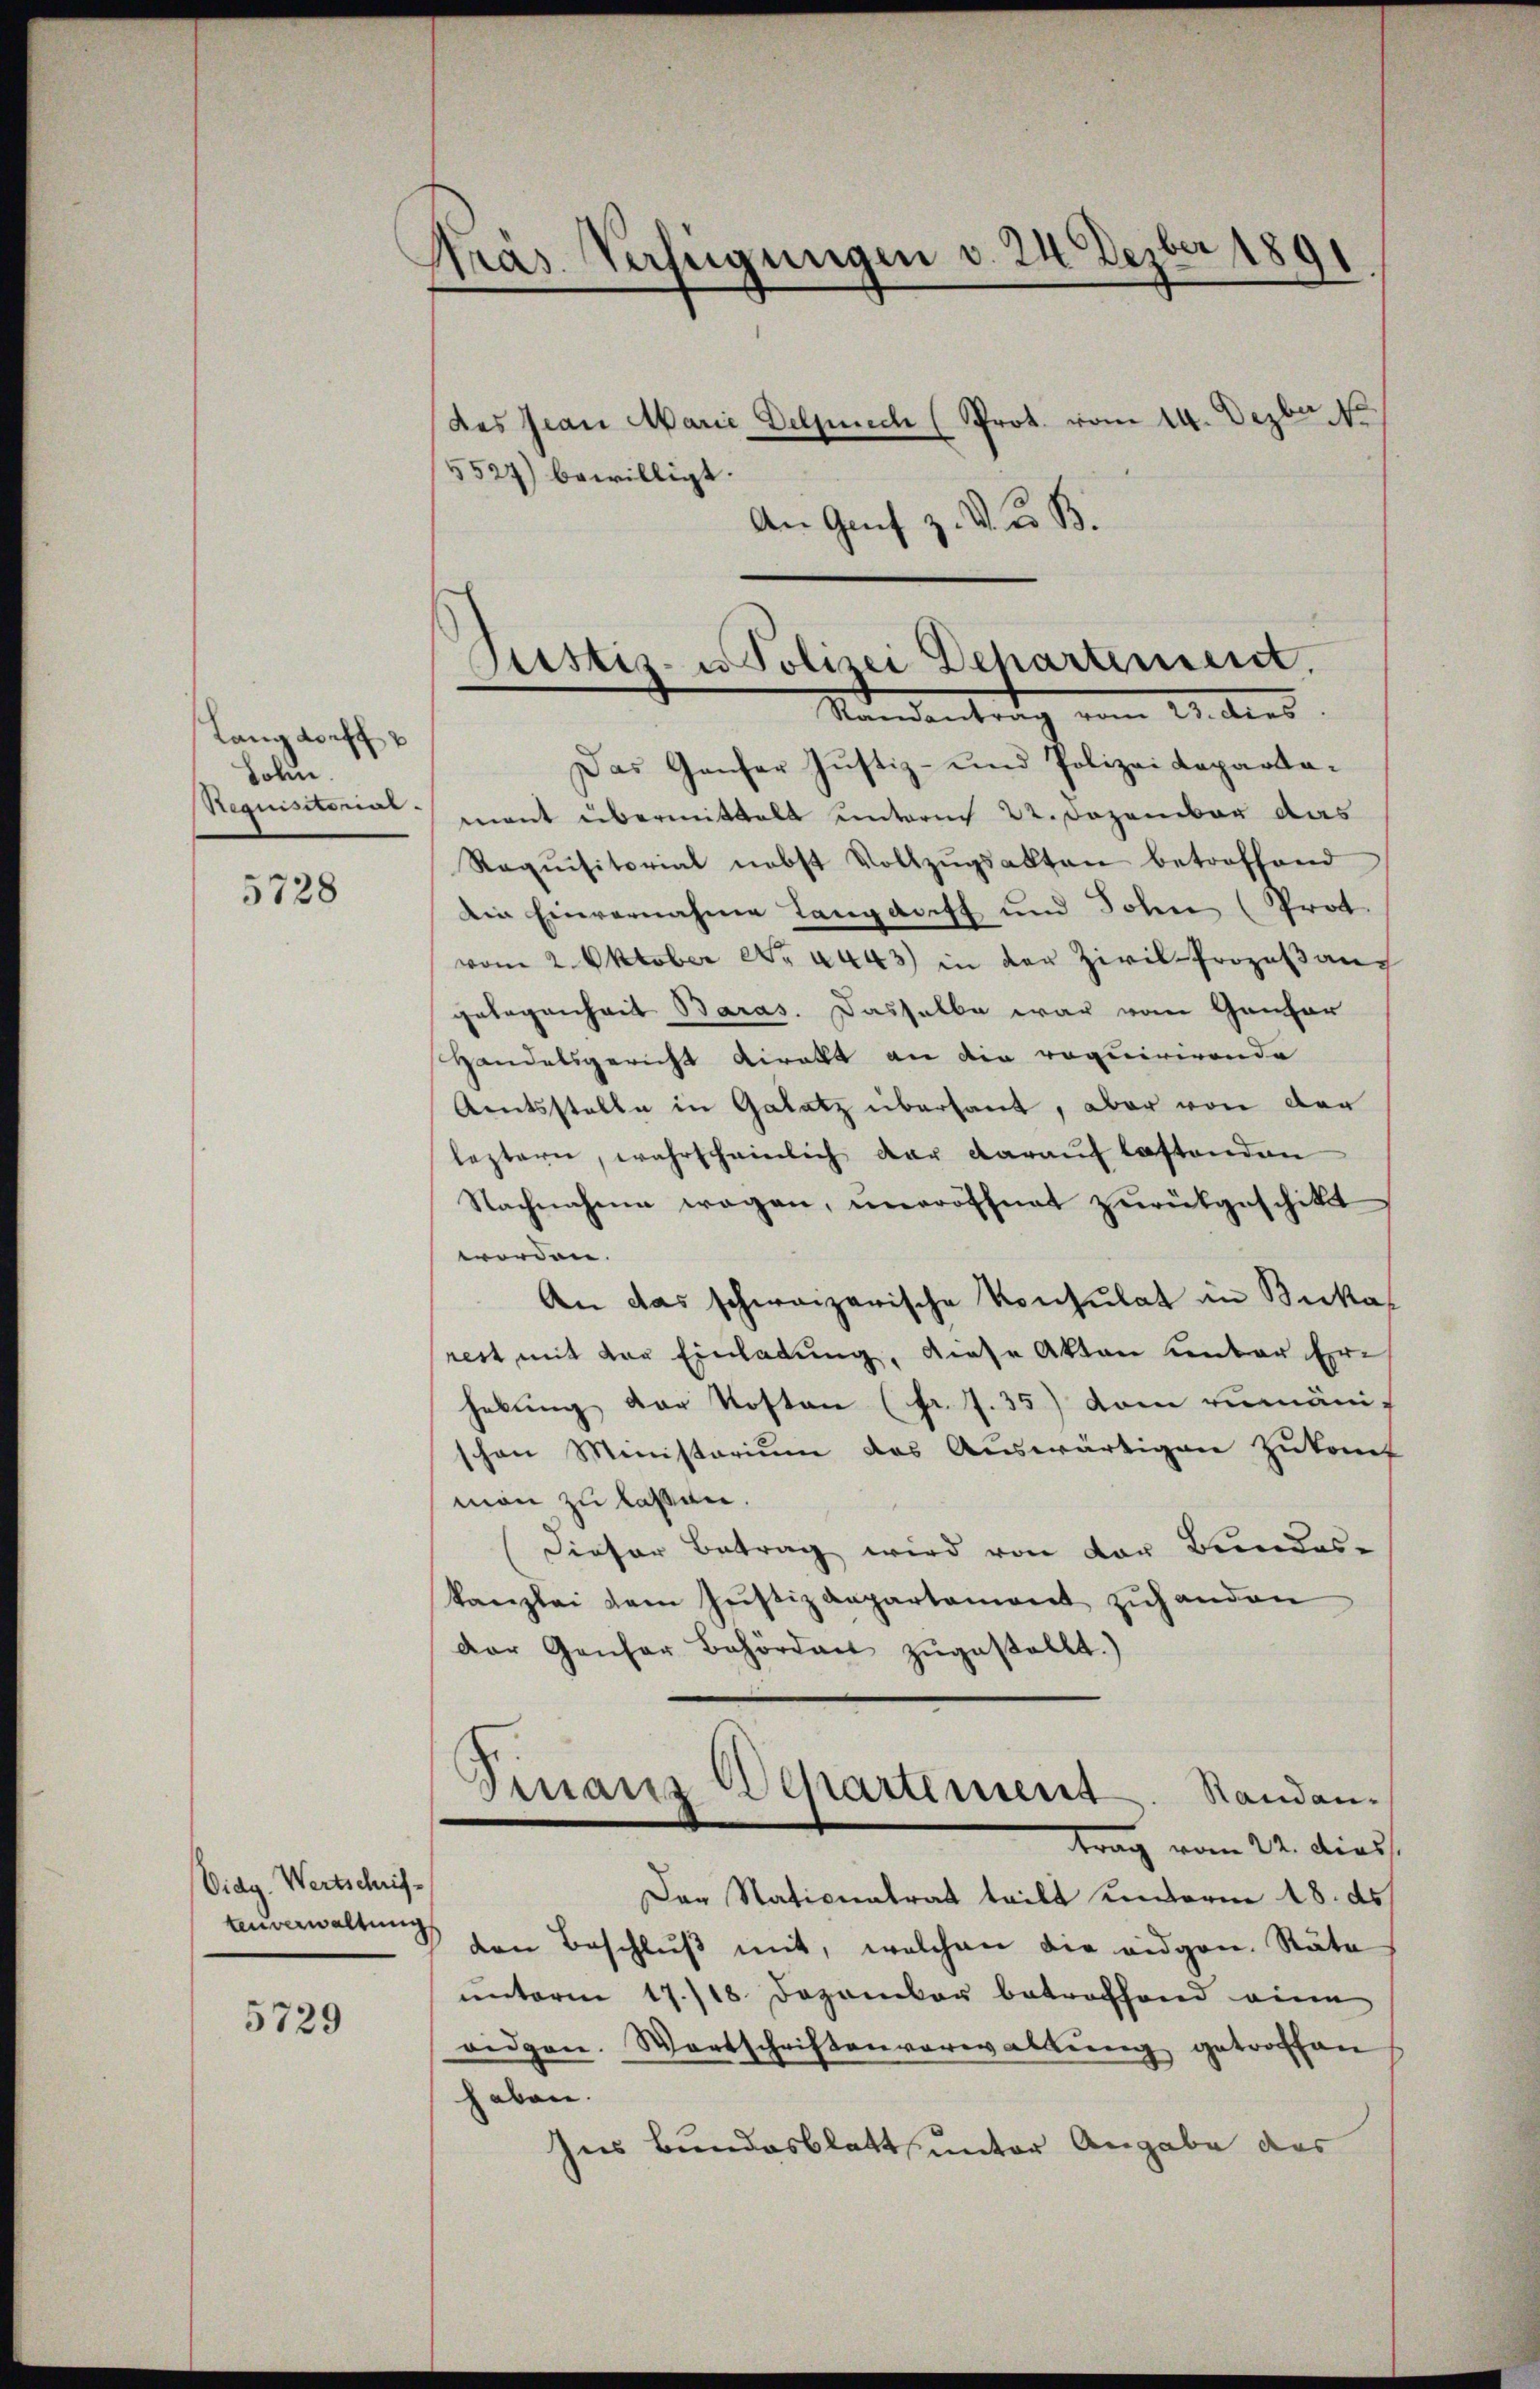
Langdorff
Lohn.
Requisitorial

5728

Diag. Wertschriftenverwaltung

5729

Pras. Verfügungen v. 24 Dezber 1891
des Jean Marie Delprech (Prot. vom 14. Dezbr. 18
5527) bewilligt.

An Genf z. B. u. B.

Justiz- u Polizei Dehartement.
Standenten dies

Das Ganfer Justiz- und Polizeidepartamant übermittalt unterm 22. Dezember das
Raqŭisitorial nebst Vollzŭgsakten betroffend
Die Einvernahme Langdorff und Sohn (Prot.
vom 2. Oktober No. 4443) in der Zivil-Prozeßangelegenheit Baras. Dasselbe war vom Gantar
Handelsgericht viralt an die requirirende
Amtsstelle in Galatz übersant, aber von der
leztern, wahrscheinlich dar darauf lastenden
Nachnahme wegen, uneröffnet zurückgeschikt
worden.
An das schweizerische Konsulat in Beka
rest mit der Einladung, diese Akten unter Erhebung der Kosten (fr. 7.35) vom rumäni-
schon Ministerium das Auswärtigen Zukonf
man zu lassen.
Dieser Betrag wird von der Bundes-
kanzlei dem Justiz anpartement zŭhanden
der Genfer Behördent zŭgestellt.)
Finanz Departement. Standan-
trag vom 22. dies
Der Nationalrat teilt unterm 18. ds.
den Beschlŭβ mit, welchen die eidgen. Räte
unterm 17./18. Dezember betroffend eine
vidgen. Wartschriftenverwaltŭng getroffen
haben.
Ins Bundesblatt unter Angabe des